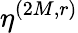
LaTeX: \eta^{(2M,r)}